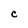
Character: C